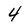
Character: 4